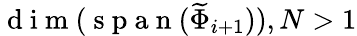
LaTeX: \mathrm{~d~i~m~}(\mathrm{~s~p~a~n~}(\widetilde{\Phi}_{i+1})),N>1